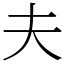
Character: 夫